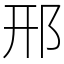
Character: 邢